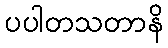
ပပါတသတာနိ